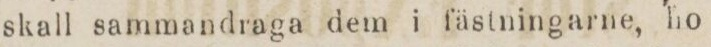
skall sammandraga dem i fästningarne, ho